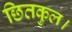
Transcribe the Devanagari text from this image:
छितकुल।